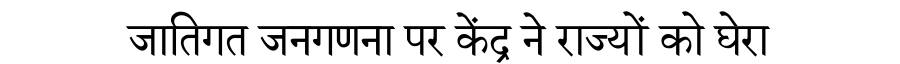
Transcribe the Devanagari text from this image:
जातिगत जनगणना पर केंद्र ने राज्यों को घेरा